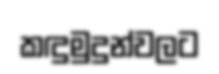
කඳුමුදුන්වලට